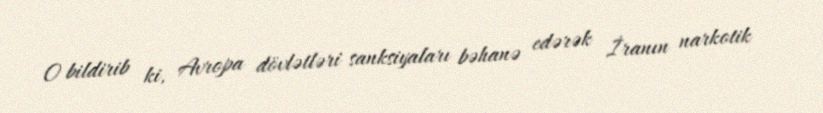
O bildirib ki, Avropa dövlətləri sanksiyaları bəhanə edərək İranın narkotik